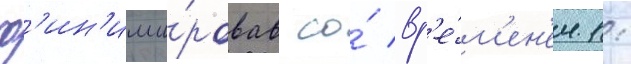
ф'ин'иши́ровав со́ вр'е́м'ен'ем 1: